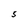
Character: S